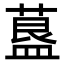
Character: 𦹧